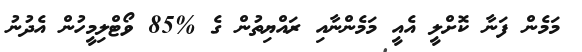
މަމެން ފަނާ ކޮށްލީ އެއީ މަމެންނާއި ރައްޔިތުން ގެ %85 ވޯޓްލިމީހުން އެދުނު